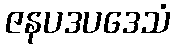
ဇနပဒပဒေသံ